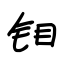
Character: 钼